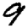
Digit: 9